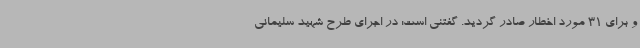
و برای 31 مورد اخطار صادر گردید. گفتنی است: در اجرای طرح شهید سلیمانی